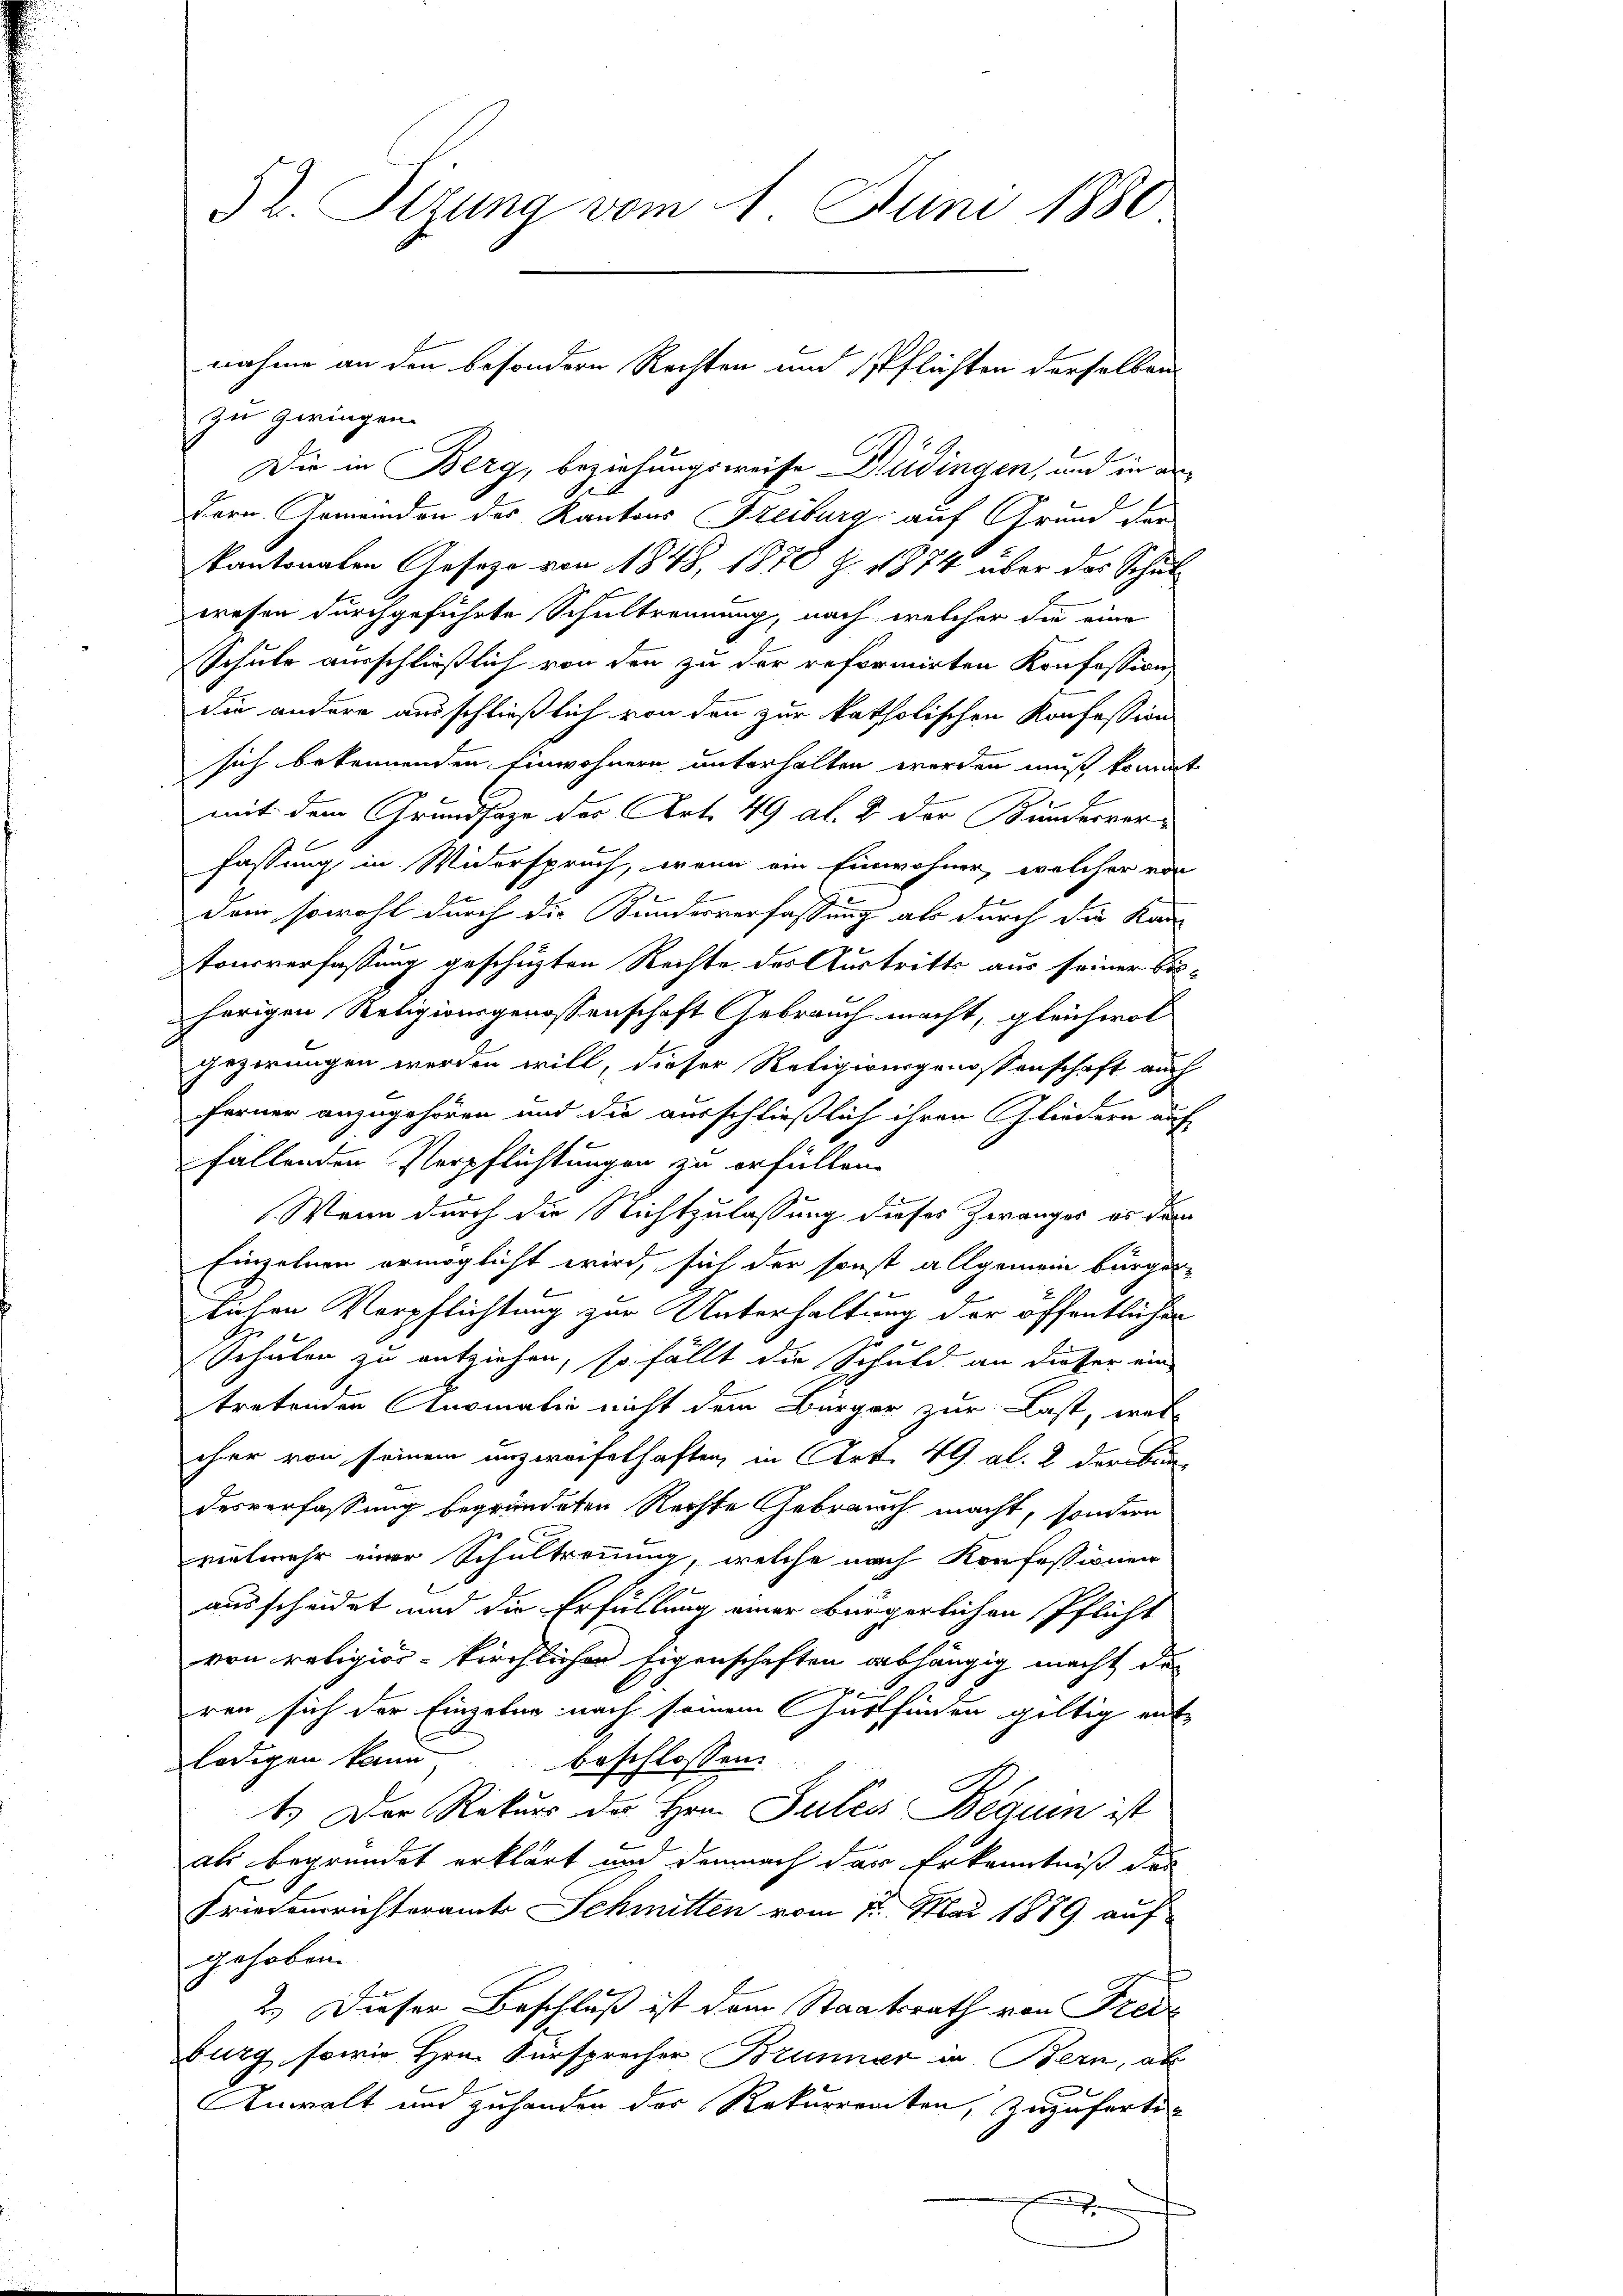
52. Sizung vom 1. Juni 1880

zu geringen.
Die in Berg, beziehungsweise Büdingen, und in de
Dorn. Gemeinden des Kantons Freiburg auf Grund der
Kantonalen Geseze von 1848, 1870 Z. 1874 über das Schulwesen durchgeführte Schultrennung, nach welcher die eine
Schule ausschließlich von den zu der reformirten Konfession
die andere ausschließlich von den zur katholischen Konfession
sich bekennenden Einwohnern unterhalten werden muß kommt
E
mit dem Grundsaze des Art. 49 Al. 2 der Bunderverfassung in Widerspruch, wenn ein Einwohner, welcher von
dem sowohl durch die Bunderverfassung als durch die Kan-
Tonsverfassung geschüzten Rechte des Austritts aus seiner bisherigen Religionsgenossenschaft Gebrauch macht, gleichwol
gezwungen werden will, dieser Religionsgenossenschaft auch
ferner anzugehören und die ausschließlich ihren Gliedern auf
fallenden Verpflichtungen zu erfüllen.
Wenn durch die Nichtzulassung dieses Zwanges es dem
Einzelnen ermöglicht wird, sich der sonst allgemein bürger-
lichen Verpflichtung zur Unterhaltung der öffentlicher
Schulen zu entziehen, so fällt die Schuld an dieser ein
tretenden Anomalia nicht dem Bürger zur Last, wel
cher von seinem unzweifelhaften, in Art. 49 Al. 2 der Bundesverfassung begründeten Rechte Gebrauch macht, sondern
vielmehr einer Schultrennung, welche nach Konfessionen
ausscheidet und die Erfüllung einer bürgerlichen Pflicht
von religiör-kirchlicher Eigenschaften abhängig macht das
7x
ren sich der Einzelne nach seinem Gutfinden gültig ent-
ledigen kann beschlossen
1.) Der Rekurs des Hrn. Julii Beguen ist
als begründet erklärt und demnach das Erkenntniß der
Friedensrichteramts Schmitten vom 11. Mai 1889 auf
gehoben.
2.) Dieser Beschluß ist dem Staatsrath von Freie
burg sowie Hrn. Fürsprecher Brunner in Bern, als
Anwalt und zuhanden des Rekurrenten, zuzufertix

nahme an den besondern Rechten und Pflichten derselben